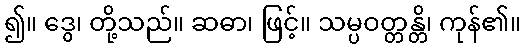
၍။ ဒွေ၊ တို့သည်။ ဆဓာ၊ ဖြင့်။ သမ္ပဝတ္တန္တိ၊ ကုန်၏။